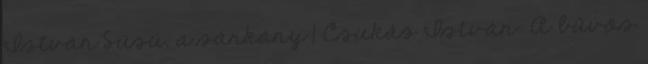
István Süsü, a sárkány 1 Csukás István: A bűvös